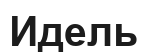
Идель